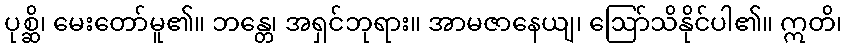
ပုစ္ဆိ၊ မေးတော်မူ၏။ ဘန္တေ၊ အရှင်ဘုရား။ အာမဇာနေယျ၊ ဩော်သိနိုင်ပါ၏။ ဣတိ၊